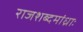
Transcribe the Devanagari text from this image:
राजशब्दमांध्राः